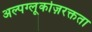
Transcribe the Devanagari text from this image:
अल्पग्लूकोज़रक्तता